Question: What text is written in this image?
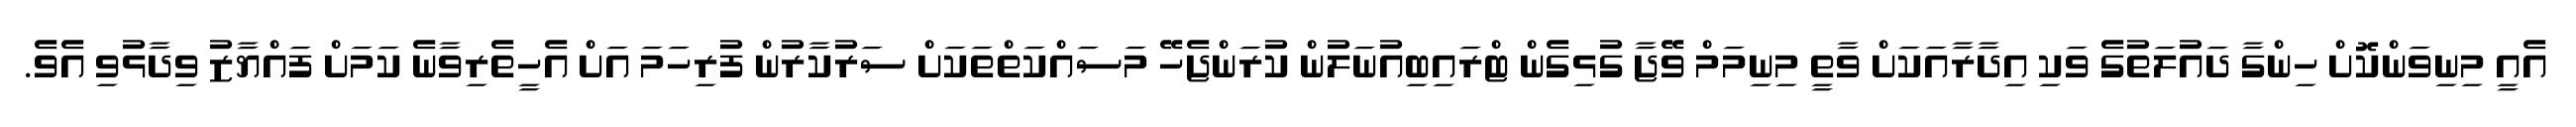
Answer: އެއީ މިނިވަންކޮށް ހިންގާ ދައުލަތުގެ ވަކި އިދާރާއަކަށް ވާތީ މިނިމަމް ވޭޖާ ގުޅިގެން ޓްރައިބިއުނަލުން ކުރަންޖެހޭ މަސައްކަތްތަކަށް ސަރުކާރުން ފުރިހަމަ އަށް އެހީތެރިވާނެ ކަމަށް ފައްޔާޒު ވިދާޅުވި އެވެ.